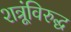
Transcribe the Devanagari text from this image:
शत्रूंविरुद्ध